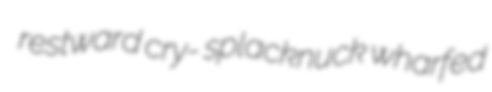
restward cry- splacknuck wharfed